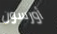
أورسون